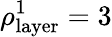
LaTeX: \rho_{\mathrm{layer}}^{1}=3